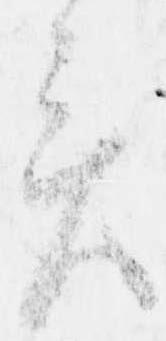
言